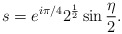
\begin{align*}s=e^{i \pi/4}2^{1\over 2}\sin{\eta\over 2}.\end{align*}